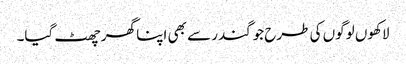
لاکھوں لوگوں کی طرح جوگندر سے بھی اپنا گھر چھٹ گیا۔